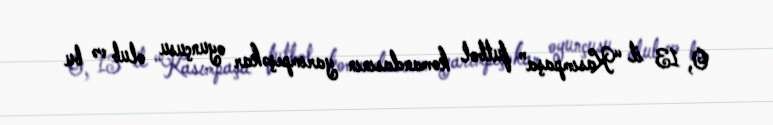
O, 13 il “Kasımpaşa” futbol komandasının yarımpeşəkar oyunçusu olub və bu